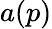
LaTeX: a(p)